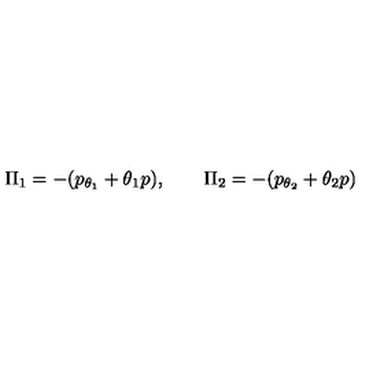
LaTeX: \Pi _ { 1 } = - ( p _ { \theta _ { 1 } } + \theta _ { 1 } p ) , \qquad \Pi _ { 2 } = - ( p _ { \theta _ { 2 } } + \theta _ { 2 } p )